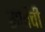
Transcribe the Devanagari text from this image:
सर्पांची